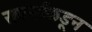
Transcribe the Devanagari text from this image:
सवर्णांकडून